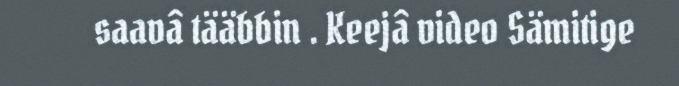
saavâ tääbbin . Keejâ video Sämitige